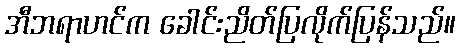
အီဘရာဟင်က ခေါင်းညိတ်ပြလိုက်ပြန်သည်။